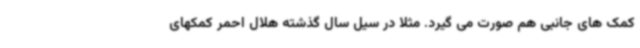
کمک های جانبی هم صورت می گیرد. مثلاً در سیل سال گذشته هلال احمر کمکهای